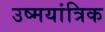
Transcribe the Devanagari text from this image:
उष्मयांत्रिक